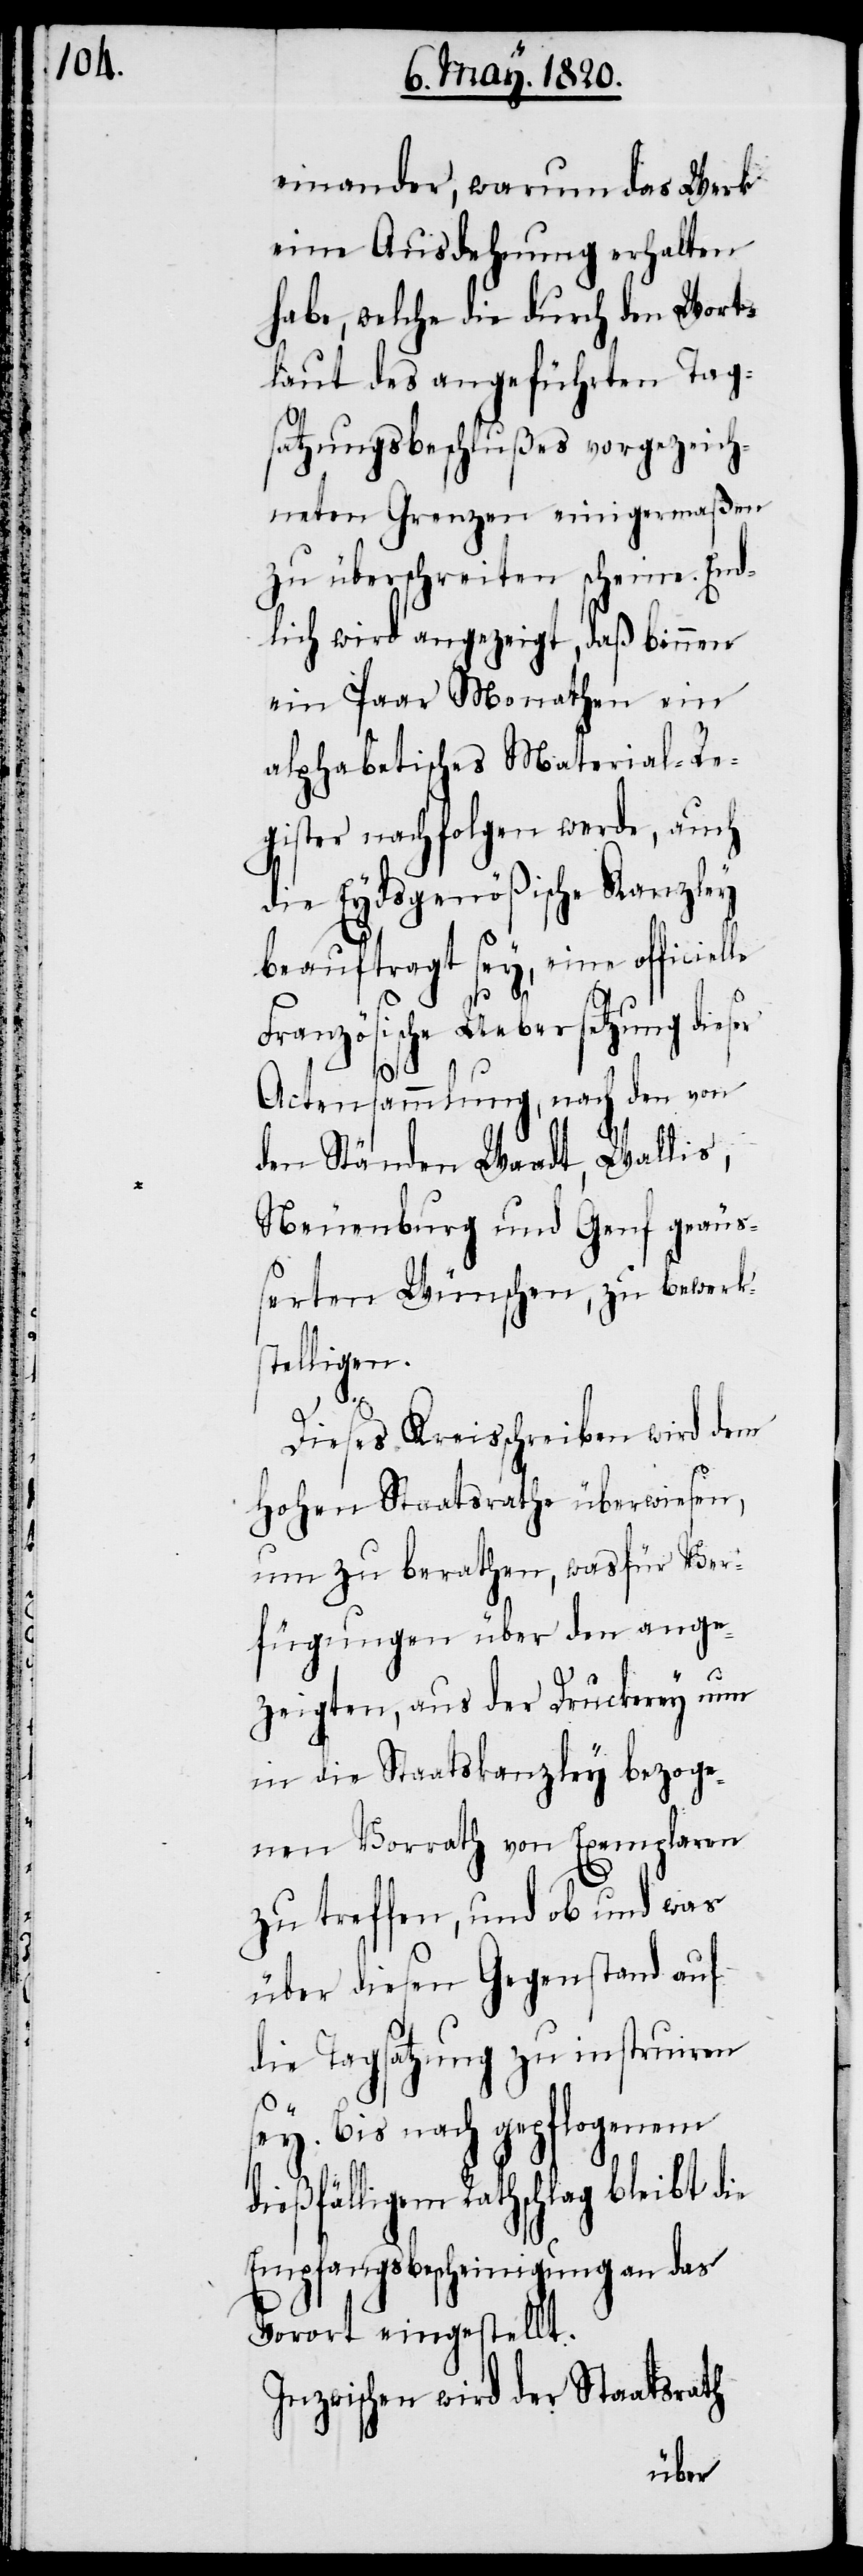
einander, warum das Werk
eine Ausdehnung erhalten
habe, welche die durch den Worts¬
laut des angeführten Tag¬
satzungsbeschlußes vorgezeich¬
neten Grenzen einigermaßen
zu überschreiten scheine. End¬
lich wird angezeigt, daß binnen
ein Paar Monathen ein
alphabetisches Material-Re¬
gister nachfolgen werde, auch
die Eydsgenößische Kanzley
beauftragt sey, eine officiel¬
le
Französische Uebersetzung dieser
Actensammlung, nach den von
den Ständen Waadt, Wallis,
Neuenburg und Genf geäus¬
serten Wünschen, zu bewerk¬
stelligen.
Dieses Kreisschreiben wird dem
Hohen Staatsrathe überwiesen,
um zu berathen, was für Ver¬
fügungen über den ange¬
zeigten, aus der Druckerey nun
in die Staatskanzley bezoge¬
nen Vorrath von Exemplaren
zu treffen, und ob und was
über diesen Gegenstand auf
die Tagsatzung zu instruiren
sey. Bis nach gepflogenem
dießfälligem Rathschlag bleibt die
Empfangsbescheinigung an das
Vorort eingestellt.
Inzwischen wird der Staatsrath